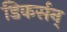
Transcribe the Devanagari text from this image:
डिकर्सन्